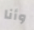
وأنا